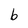
Character: b